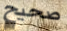
صحيح